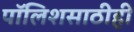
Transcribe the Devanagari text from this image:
पॉलिशसाठीही